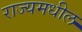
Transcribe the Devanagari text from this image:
राज्यमधील